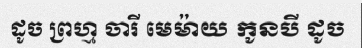
ដូច ព្រហ្ម ចារី មេម៉ាយ កូនបី ដូច